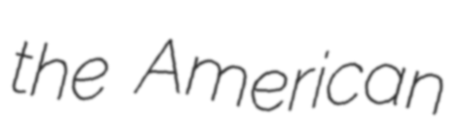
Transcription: the American